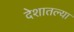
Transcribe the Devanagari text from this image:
देशातल्‍या